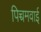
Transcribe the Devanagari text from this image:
पिच्चमवाई